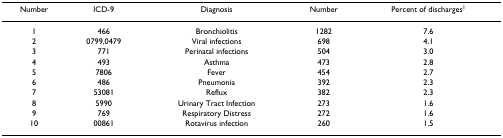
<table><thead><tr><td><b>Number</b></td><td><b>ICD-9</b></td><td><b>Diagnosis</b></td><td><b>Number</b></td><td><b>Percent of discharges<sup>1</sup></b></td></tr></thead><tbody><tr><td>1</td><td>466</td><td>Bronchiolitis</td><td>1282</td><td>7.6</td></tr><tr><td>2</td><td>0799,0479</td><td>Viral infections</td><td>698</td><td>4.1</td></tr><tr><td>3</td><td>771</td><td>Perinatal infections</td><td>504</td><td>3.0</td></tr><tr><td>4</td><td>493</td><td>Asthma</td><td>473</td><td>2.8</td></tr><tr><td>5</td><td>7806</td><td>Fever</td><td>454</td><td>2.7</td></tr><tr><td>6</td><td>486</td><td>Pneumonia</td><td>392</td><td>2.3</td></tr><tr><td>7</td><td>53081</td><td>Reflux</td><td>382</td><td>2.3</td></tr><tr><td>8</td><td>5990</td><td>Urinary Tract Infection</td><td>273</td><td>1.6</td></tr><tr><td>9</td><td>769</td><td>Respiratory Distress</td><td>272</td><td>1.6</td></tr><tr><td>10</td><td>00861</td><td>Rotavirus infection</td><td>260</td><td>1.5</td></tr></tbody></table>